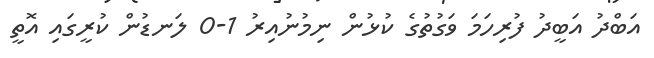
އަބްދު އަބީދު ފުރިހަމަ ވަގުތުގެ ކުޅުން ނިމުނުއިރު 1-0 ލަނޑުން ކުރީގައި އޮތީ